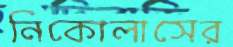
নিকোলাসের